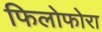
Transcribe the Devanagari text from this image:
फिलोफोरा